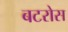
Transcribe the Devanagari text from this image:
बटरोस